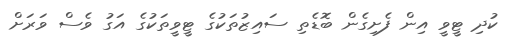
ކުދި ޓީވީ އިން ފެށިގެން ބޮޑެތި ސައިޒުތަކުގެ ޓީވީތަކުގެ އަގު ވެސް ވަރަށް